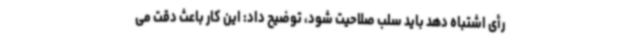
رأی اشتباه دهد باید سلب صلاحیت شود، توضیح داد: این کار باعث دقت می